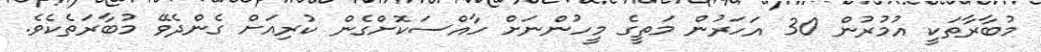
މުބާރާތަކީ އުމުރުން 30 އަހަރުން މަތީގެ މީހުންނަށް ހާއްސަކޮށްގެން ކުރިއަށް ގެންދެވޭ މުބާރަތެކެވެ.